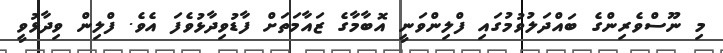
މި ނޫސްވެރިންގެ ބައްދަލުވުމުގައި ފްލިންވަނީ އޮބާމާގެ ޒައާމަތަށް ފާޑުވިދާޅުވެފަ އެވެ. ފްލިން ވިދާޅުވީ